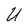
Character: U